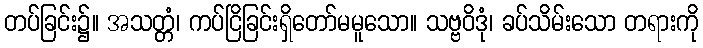
တပ်ခြင်း၌။ အသတ္တံ၊ ကပ်ငြိခြင်းရှိတော်မမူသော။ သဗ္ဗဝိဒုံ၊ ခပ်သိမ်းသော တရားကို